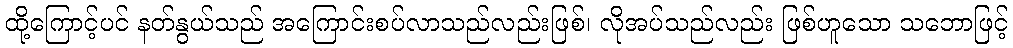
ထို့ကြောင့်ပင် နတ်နွယ်သည် အကြောင်းစပ်လာသည်လည်းဖြစ်၊ လိုအပ်သည်လည်း ဖြစ်ဟူသော သဘောဖြင့်